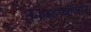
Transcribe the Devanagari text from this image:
निकरबॉकर